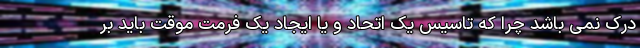
درک نمی باشد چرا که تاسیس یک اتحاد و یا ایجاد یک فرمت موقت باید بر